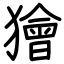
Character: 獪